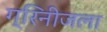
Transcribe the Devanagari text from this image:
ग्रिनीजला